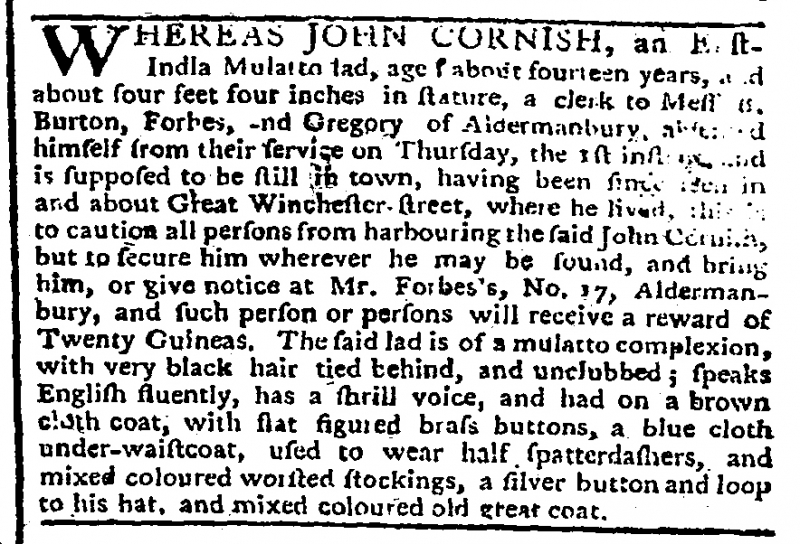
Gazetteer and New Daily Advertiser, 6 February 1776 (England)
WHEREAS JOHN CORNISH, an East-India Mulatto lad, aged about fourteen years, and about four feet four inches in stature, a clerk to Mess. B. Burton, Forbes, and Gregory of Aldermanbury, a[bsente]d himself from their service on Thursday, the 1st inst[ant] and is supposed to be still in town, having been since seen in and about Great Winchester-street, where he lived, this is to caution all persons from harbouring the said John Cornish, but to secure him wherever he may be found, and bring him, or give notice at Mr. Forbes’s, No. 17, Aldermanbury, and such person or persons will receive a reward of Twenty Guineas. The said lad is of a mulatto complexion, with very black hair tied behind, and unclubbed; speaks English fluently, has a shrill voice, and had on a brown cloth coat, with flat figured brass buttons, a blue cloth under-waistcoat, used to wear half spatterdashers, and mixed coloured worsted stockings, a silver button and loop to his hat, and mixed coloured old great coat.